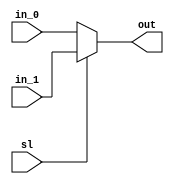

//////////////////////////////////////////////////////////////////////////////////
// Company: 
// 
// Design Name: 
// Module Name: mu_x_2_1_5bits
// Project Name: single cycle MIPS
// Target Devices: 
// Tool Versions: 
// Description: 
// 
// Dependencies: 
// 
// Revision:
// Revision 0.01 - File Created
// Additional Comments:
// 
//////////////////////////////////////////////////////////////////////////////////

module mu_x_2_1_5bits
							(
							input sl,
							input[4:0] in_0,in_1,
							output reg[4:0] out
							);
							
							always @(*)
							begin
								if(1'b1 == sl)
									out = in_1;
								else
									out = in_0;
							end
endmodule